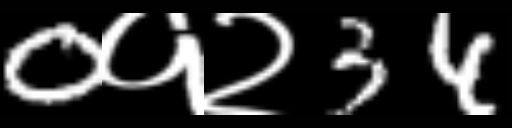
Text: 0१२34